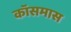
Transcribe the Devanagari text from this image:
कॉसमास